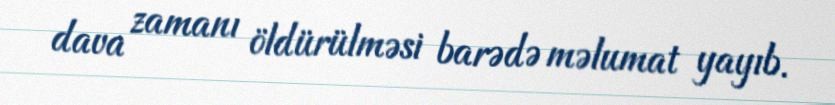
dava zamanı öldürülməsi barədə məlumat yayıb.